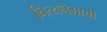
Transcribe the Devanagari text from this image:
नित्यनेमाची